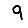
Digit: 9